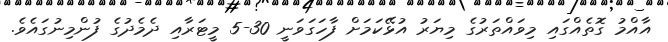
އާއްމު ގޮތެއްގައި މިވައްތަރުގެ މިޔަރު އުޅޭކަމަށް ފާހަގަވަނީ 30-5 މީޓަރާއި ދެމެދުގެ ފުންމިނުގައެވެ.